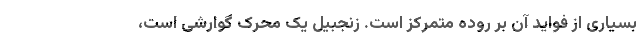
بسیاری از فواید آن بر روده متمرکز است. زنجبیل یک محرک گوارشی است،